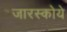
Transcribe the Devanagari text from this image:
जारस्कोये